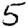
Digit: 5